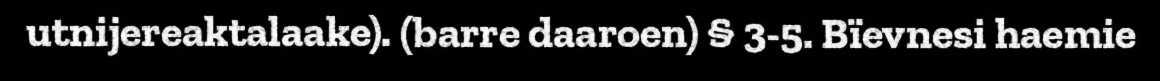
utnijereaktalaake). (barre daaroen) § 3-5. Bïevnesi haemie